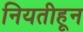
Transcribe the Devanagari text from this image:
नियतीहून